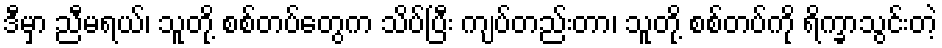
ဒီမှာ ညီမရယ်၊ သူတို့ စစ်တပ်တွေက သိပ်ပြီး ကျပ်တည်းတာ၊ သူတို့ စစ်တပ်ကို ရိက္ခာသွင်းတဲ့